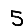
Digit: 5